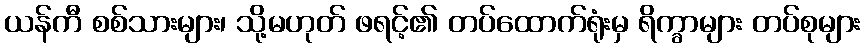
ယန်ကီ စစ်သားများ၊ သို့မဟုတ် ဖရင့်၏ တပ်ထောက်ရုံးမှ ရိက္ခာများ တပ်စုများ